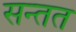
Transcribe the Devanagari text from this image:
सन्तत